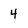
Character: 4